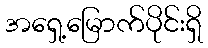
အရှေ့မြောက်ပိုင်းရှိ